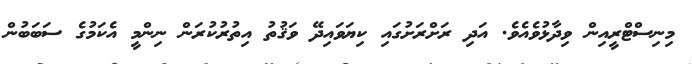
މިނިސްޓްރީއިން ވިދާޅުވެއެވެ. އަދި ރަށްރަށުގައި ކިޔަވައިދޭ ވަޤުތު އިތުރުކުރަން ނިންމީ އެކަމުގެ ސަބަބުން